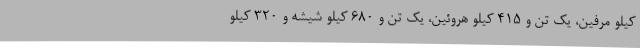
کیلو مرفین، یک تن و 415 کیلو هروئین، یک تن و 680 کیلو شیشه و 320 کیلو